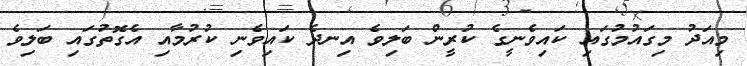
މިއަދު މިގައުމުގައި ކައިވެނީގެ ކުރީން ބަލިވެ އިނދެ ކައިވެނި ކުރުމާއި އެގޮތުގައި ބަލިވެ